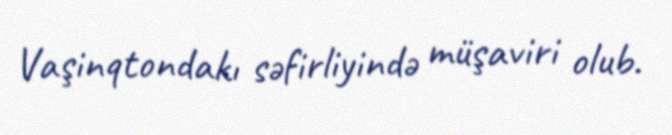
Vaşinqtondakı səfirliyində müşaviri olub.